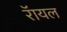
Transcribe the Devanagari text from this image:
रॅायल